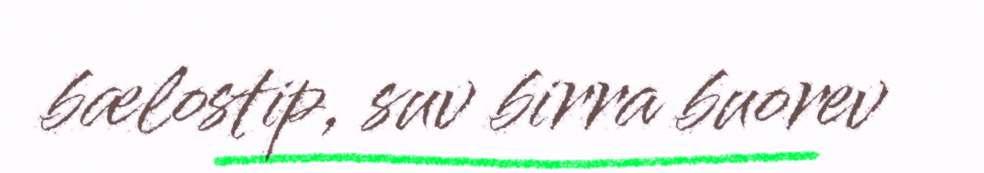
bælostip, suv birra buorev